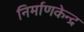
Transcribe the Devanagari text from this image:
निर्माणकेन्द्र